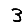
Digit: 3